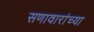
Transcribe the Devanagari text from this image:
सणावारांच्या